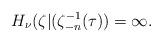
LaTeX: \begin{align*} H_\nu(\zeta|(\zeta_{-n}^{-1}(\tau))=\infty.\end{align*}